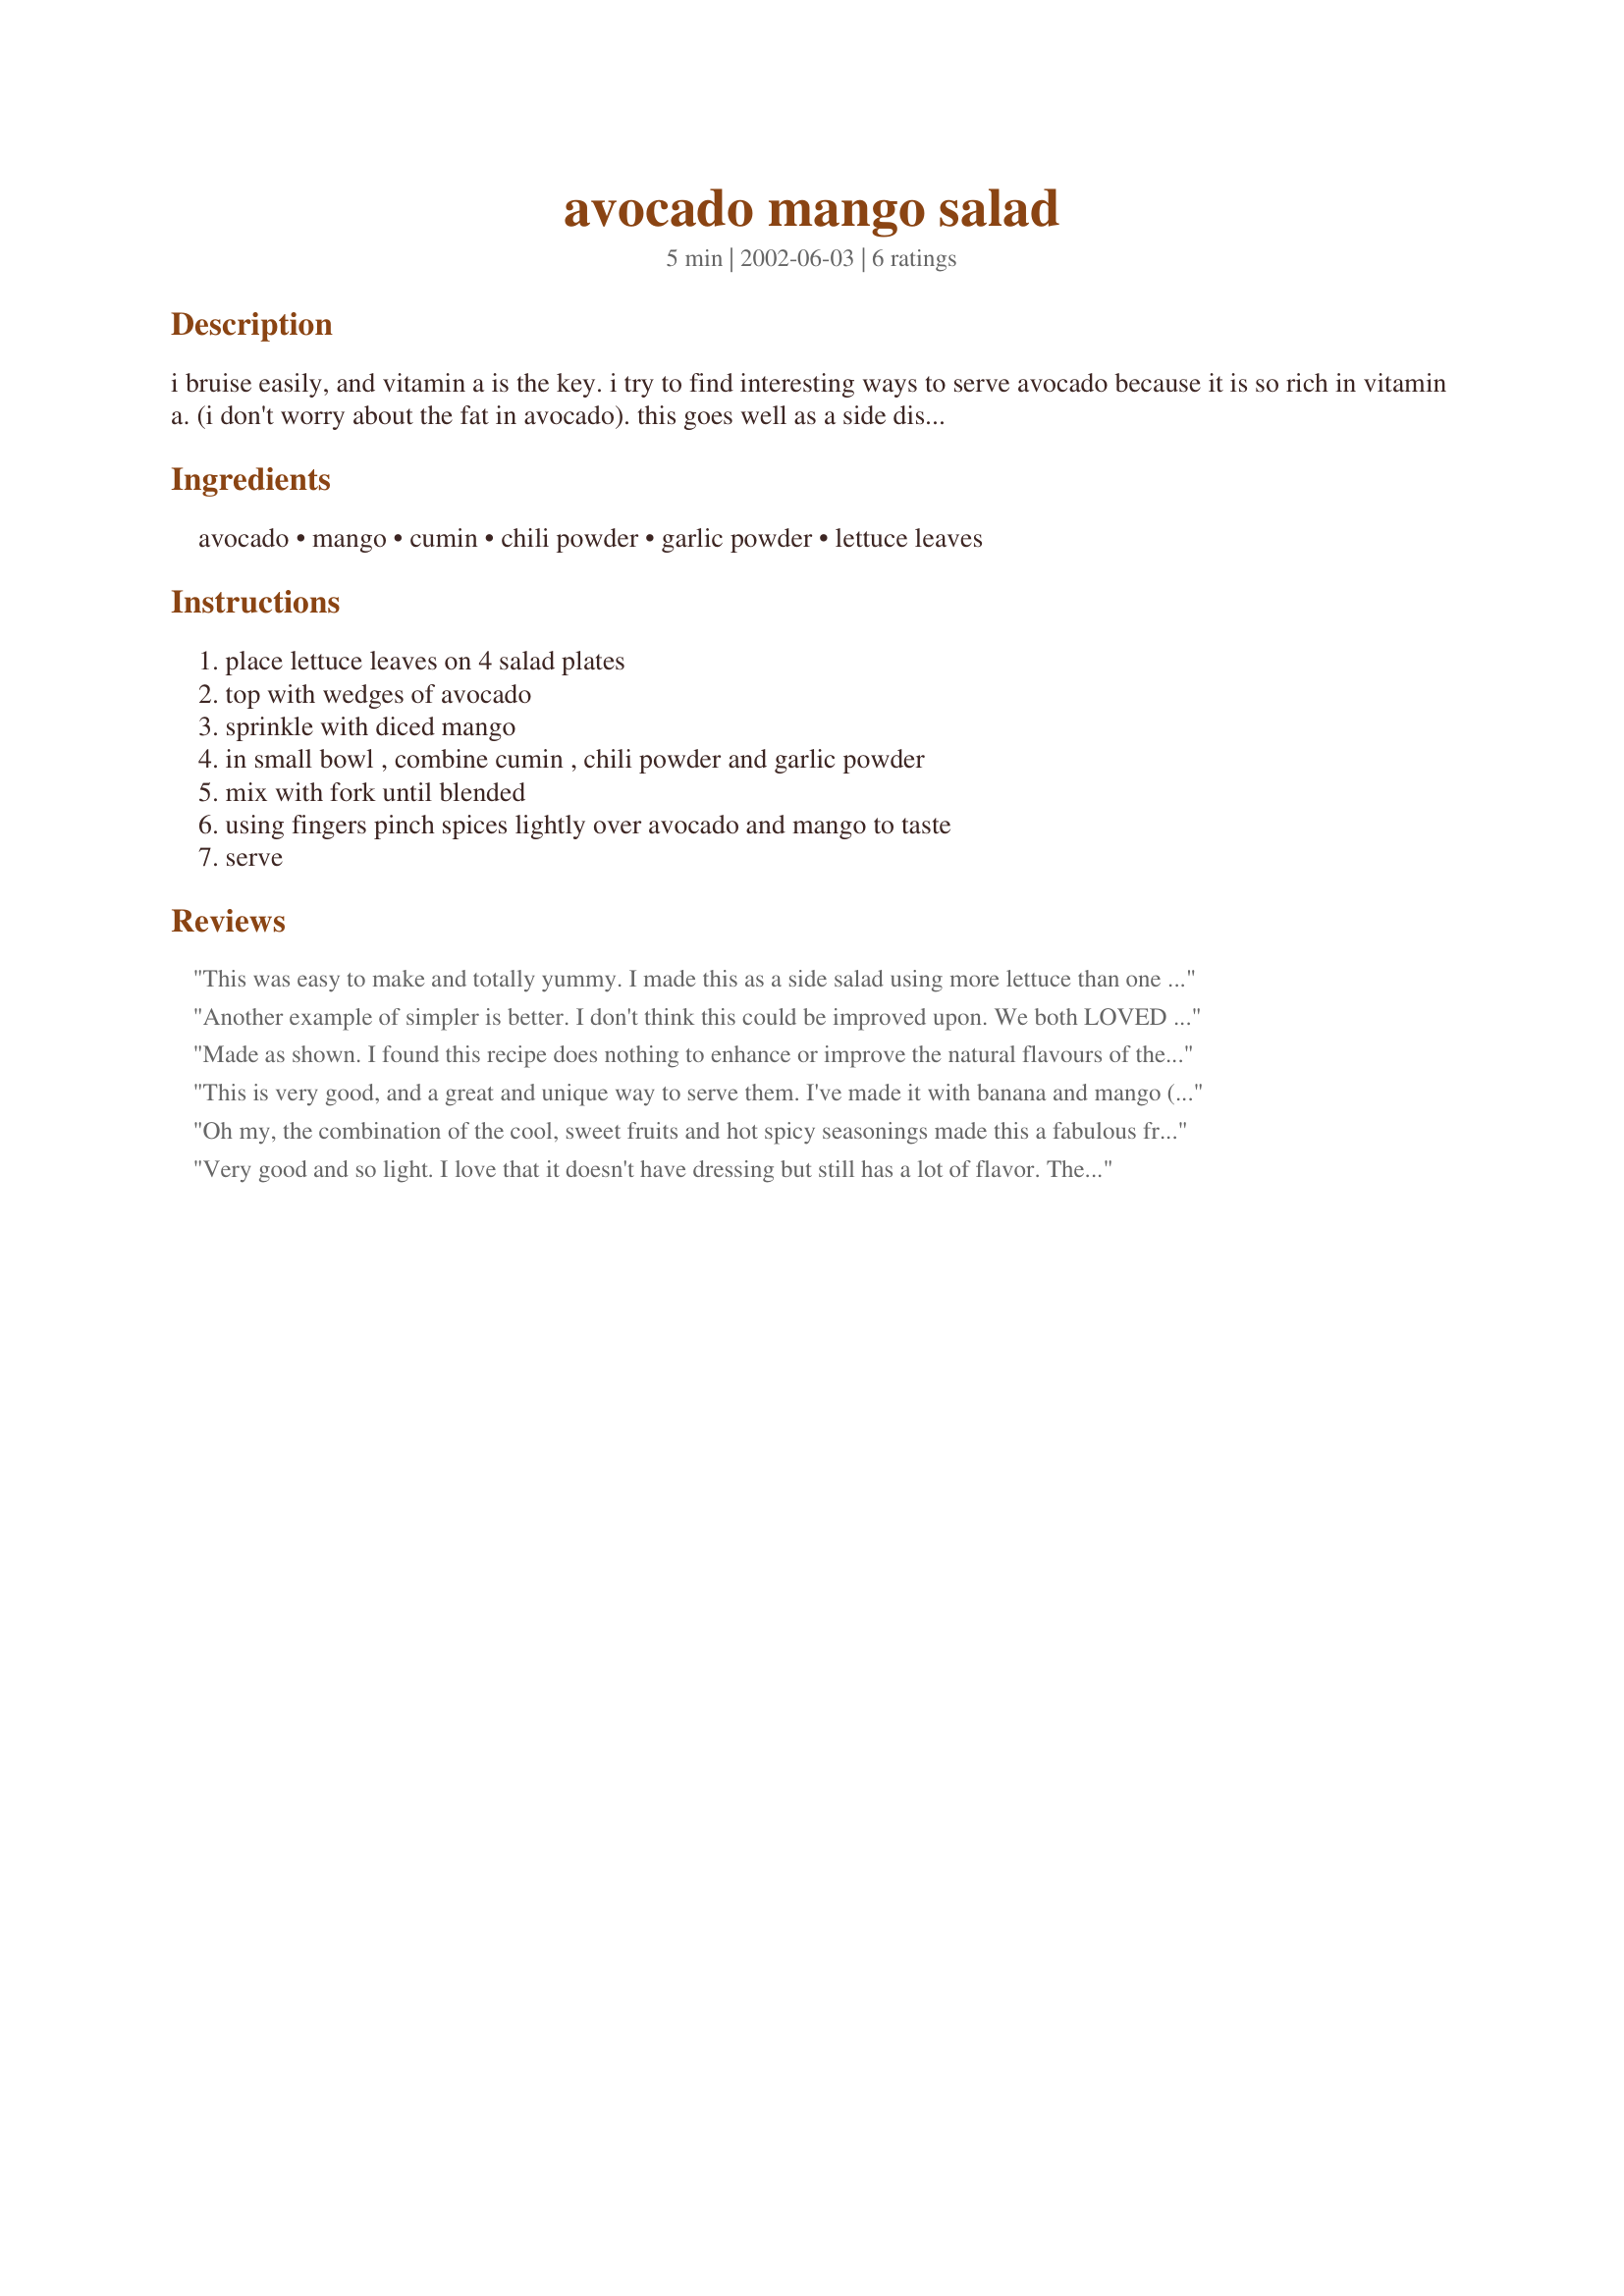
avocado mango salad
Preparation time: 5 minutes

i bruise easily, and vitamin a is the key. i try to find interesting ways to serve avocado because it is so rich in vitamin a. (i don't worry about the fat in avocado). this goes well as a side dish for enchiladas, quesadillas or any mexican style foods.

Ingredients:
avocado, mango, cumin, chili powder, garlic powder, lettuce leaves

Steps:
place lettuce leaves on 4 salad plates, top with wedges of avocado, sprinkle with diced mango, in small bowl , combine cumin , chili powder and garlic powder, mix with fork until blended, using fingers pinch spices lightly over avocado and mango to taste, serve

Reviews:
This was easy to make and totally yummy. I made this as a side salad using more lettuce than one leaf and it was still fabulous. My family thought the mixture of textures and flavors were great. I have already repeated it w/ grilled chicken and some olive oil for a meal salad because the flavor combo is so good.
Another example of simpler is better. I don't think this could be improved upon. We both LOVED it. This may be the next dinner party salad.
Made as shown. I found this recipe does nothing to enhance or improve the natural flavours of the mango or avacado. Will not make again.
This is very good, and a great and unique way to serve them. I've made it with banana and mango (when avocados are out of season), and it's delicious that way too. It's good on lettuce or without
Oh my, the combination of the cool, sweet fruits and hot spicy seasonings made this a fabulous fruit salad. I still have plenty of the spice mixture left over so I'm going try it on other combinations of fruit. A great find!
Very good and so light. I love that it doesn't have dressing but still has a lot of flavor. The only thing I added was some fresh squeezed lime juice once the plates were compiled. It was a nice contrast to the sweetness of the mango.
